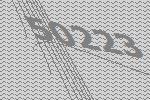
50223